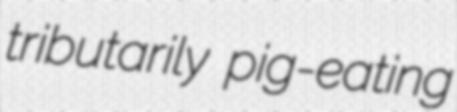
tributarily pig-eating